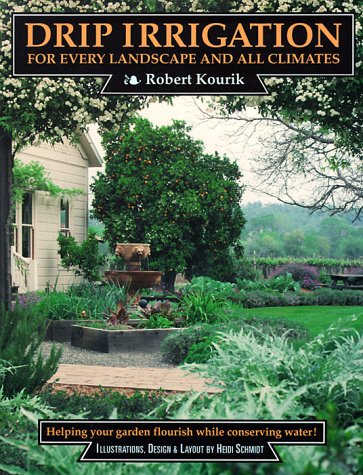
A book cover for Drip Irrigation for Every Landscape and All Climates; Robert Kourik; Science & Math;